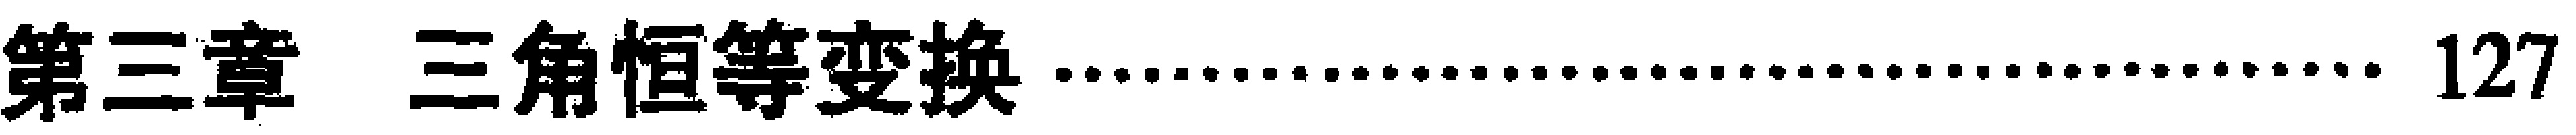
第三章 三角恒等变换 \dotfill 127